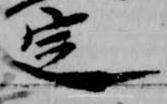
定